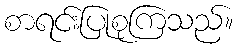
စာရင်းပြုစုကြသည်။